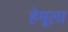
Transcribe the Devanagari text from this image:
हेमूला